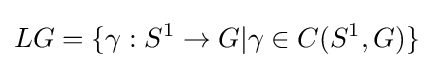
LG=\{\gamma :S^{1}\to G|\gamma \in C(S^{1},G)\}